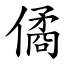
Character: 僪